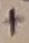
Text: +